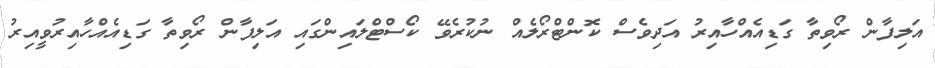
އަލިފާން ރޯވިތާ ގަޑިއެއްހާއިރު އަދިވެސް ކޮންޓްރޯލެއް ނުކުރެވޭ ކޯސްޓްލައިންގައި އަލިފާން ރޯވިތާ ގަޑިއެއްހާއިރުވީއިރު